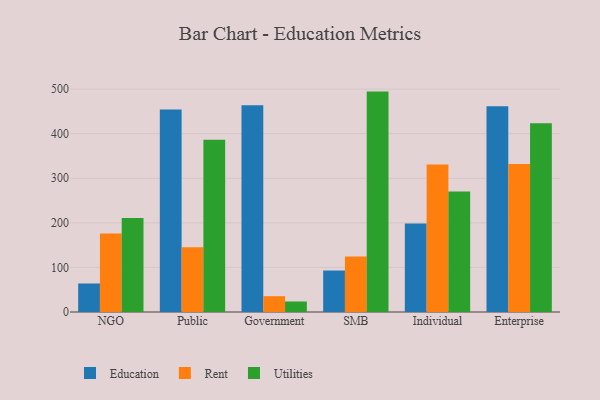
{"axis": {"x": "Segment", "y": "Active Users"}, "legend": ["Education", "Rent", "Utilities"], "data": [{"x": "NGO", "y": 64.0, "type": "Education"}, {"x": "NGO", "y": 176.1, "type": "Rent"}, {"x": "NGO", "y": 211.1, "type": "Utilities"}, {"x": "Public", "y": 454.6, "type": "Education"}, {"x": "Public", "y": 145.0, "type": "Rent"}, {"x": "Public", "y": 386.4, "type": "Utilities"}, {"x": "Government", "y": 463.9, "type": "Education"}, {"x": "Government", "y": 35.5, "type": "Rent"}, {"x": "Government", "y": 23.6, "type": "Utilities"}, {"x": "SMB", "y": 93.1, "type": "Education"}, {"x": "SMB", "y": 124.3, "type": "Rent"}, {"x": "SMB", "y": 494.5, "type": "Utilities"}, {"x": "Individual", "y": 198.3, "type": "Education"}, {"x": "Individual", "y": 331.2, "type": "Rent"}, {"x": "Individual", "y": 270.5, "type": "Utilities"}, {"x": "Enterprise", "y": 461.8, "type": "Education"}, {"x": "Enterprise", "y": 331.9, "type": "Rent"}, {"x": "Enterprise", "y": 423.7, "type": "Utilities"}]}